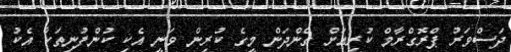
ދަސްވަރު ޕްރޮގްރާމް ކުރިއަށް ގެންދަން މީގެ ކުރިން ވަނީ އެކި ކުންފުނިތަކާ އެކު